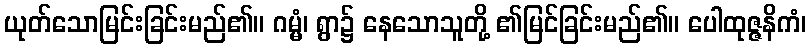
ယုတ်သောမြင်းခြင်းမည်၏။ ဂမ္မံ၊ ရွာ၌ နေသောသူတို့ ၏မြင်ခြင်းမည်၏။ ပေါထုဇ္ဇနိကံ၊